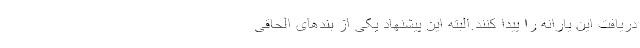
دریافت این یارانه را پیدا کنند.البته این پیشنهاد یکی از بندهای الحاقی